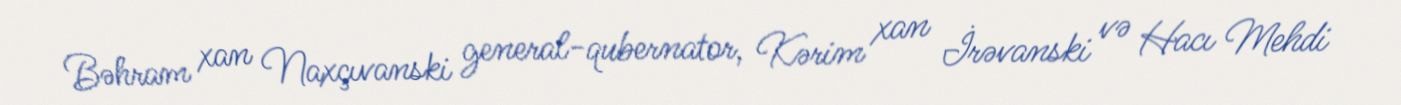
Bəhram xan Naxçıvanski general-qubernator, Kərim xan İrəvanski və Hacı Mehdi